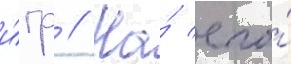
и́гр // На́ его́